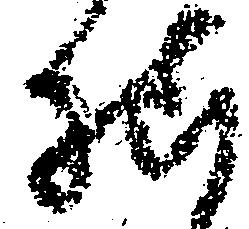
様